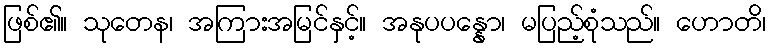
ဖြစ်၏။ သုတေန၊ အကြားအမြင်နှင့်။ အနုပပန္နော၊ မပြည့်စုံသည်။ ဟောတိ၊